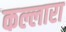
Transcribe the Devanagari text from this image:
कल्लारा